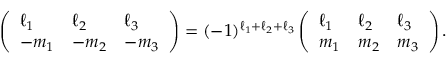
\left( \begin{array} { l l l } { \ell _ { 1 } } & { \ell _ { 2 } } & { \ell _ { 3 } } \\ { - m _ { 1 } } & { - m _ { 2 } } & { - m _ { 3 } } \end{array} \right) = ( - 1 ) ^ { \ell _ { 1 } + \ell _ { 2 } + \ell _ { 3 } } \left( \begin{array} { l l l } { \ell _ { 1 } } & { \ell _ { 2 } } & { \ell _ { 3 } } \\ { m _ { 1 } } & { m _ { 2 } } & { m _ { 3 } } \end{array} \right) .